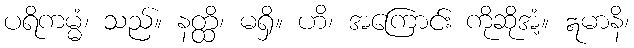
ပရိကမ္မံ၊ သည်။ နတ္ထိ၊ မရှိ။ ဟိ၊ အကြောင်း ကိုဆိုအံ့။ ဣမာနိ၊